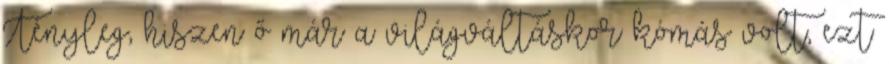
Tényleg, hiszen ő már a világváltáskor kómás volt, ezt